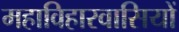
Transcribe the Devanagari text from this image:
महाविहारवासियों